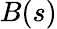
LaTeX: B(s)